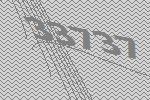
33737